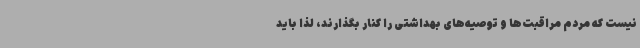
نیست که مردم مراقبت‌ها و توصیه‌های بهداشتی را کنار بگذارند، لذا باید